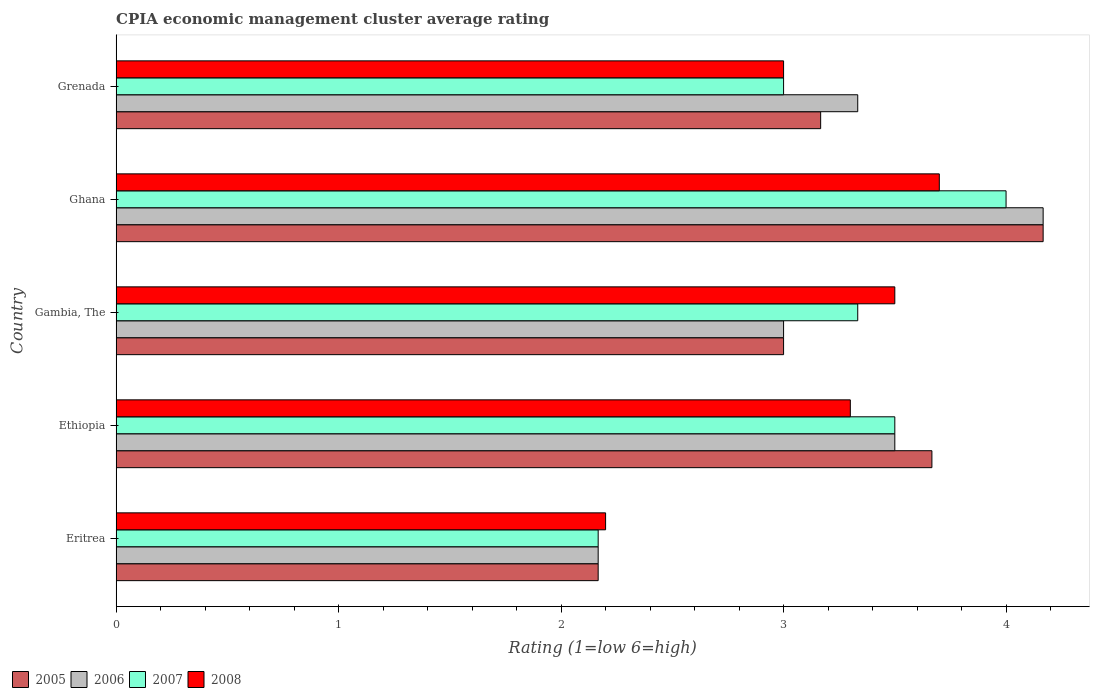
| Country | 2005 | 2006 | 2007 | 2008 |
 | --- | --- | --- | --- | --- |
 | Eritrea | 2.17 | 2.17 | 2.17 | 2.2 |
 | Ethiopia | 3.67 | 3.5 | 3.5 | 3.3 |
 | Gambia, The | 3 | 3 | 3.33 | 3.5 |
 | Ghana | 4.17 | 4.17 | 4 | 3.7 |
 | Grenada | 3.17 | 3.33 | 3 | 3 |